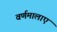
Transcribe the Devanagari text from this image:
वर्णमालाएं